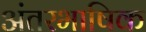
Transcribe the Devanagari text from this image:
अंतरभाषिक